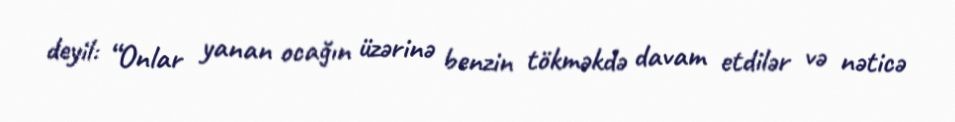
deyil: “Onlar yanan ocağın üzərinə benzin tökməkdə davam etdilər və nəticə